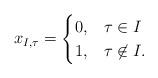
LaTeX: \begin{align*}x_{I,\tau} = \begin{cases} 0, & \tau\in I\\ 1, & \tau \not\in I. \end{cases}\end{align*}